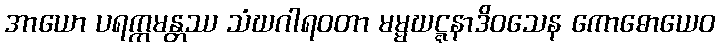
အာယော ပရက္ကမန္တဿ သံဃဂါရဝတာ မမ္မဃဋ္ဋနာဒိဝသေန ကောဓောယေဝ